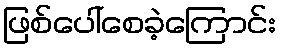
ဖြစ်ပေါ်စေခဲ့ကြောင်း